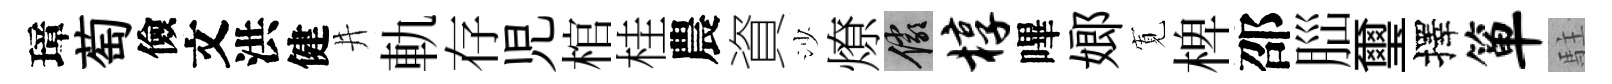
璋萄儉文洪健井軌存児棺桂農資沙燎儼椁嗶嫏𡩖椑邵𦛁璽擇箪駐